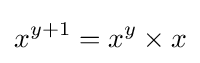
x^{y+1}=x^{y}\times x